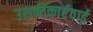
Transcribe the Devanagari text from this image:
उसकीकार्रवाई